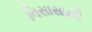
નિસાસાથી